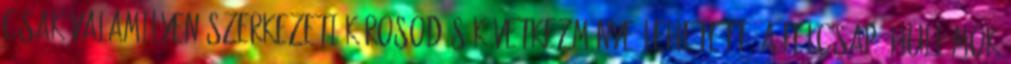
csak valamilyen szerkezeti károsodás következménye lehetett, a felcsapó hullámok